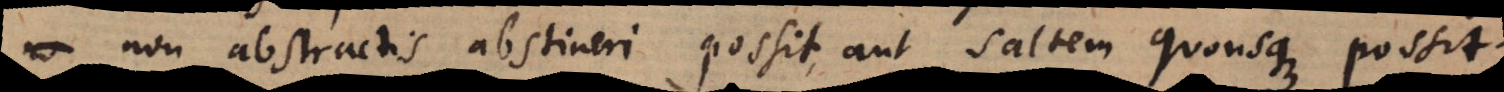
non abstractis abstineri possit, aut saltem quousque possit.